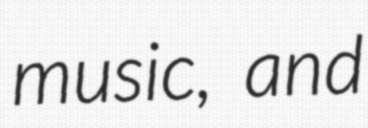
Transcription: music, and